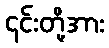
၄င်းတို့အား